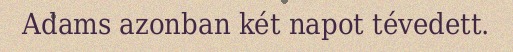
Adams azonban két napot tévedett.